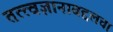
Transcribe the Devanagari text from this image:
तत्त्वज्ञानाबद्दलचा